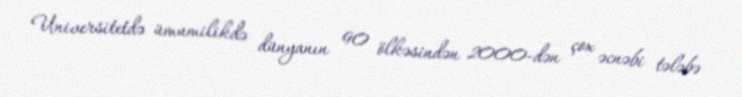
Universitetdə ümumilikdə dünyanın 90 ölkəsindən 2000-dən çox əcnəbi tələbə